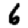
Digit: 6